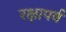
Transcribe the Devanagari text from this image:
रक्षापर्व